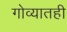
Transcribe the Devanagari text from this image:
गोव्यातही